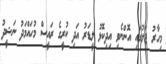
މިހާރު ޖަލުގައި އޮންނެވި އިދިކޮޅު ލީޑަރު އަދި ކުރީގެ ރައީސް މުހައްމަދު ނަޝީދު